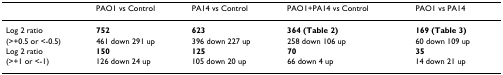
|  | PAO1 vs Control | PA14 vs Control | PAO1+PA14 vs Control | PAO1 vs PA14 |
 | --- | --- | --- | --- | --- |
 | Log 2 ratio | 752 | 623 | 364 (Table 2) | 169 (Table 3) |
 | (>+0.5 or <-0.5) | 461 down 291 up | 396 down 227 up | 258 down 106 up | 60 down 109 up |
 | Log 2 ratio | 150 | 125 | 70 | 35 |
 | (>+1 or <-1) | 126 down 24 up | 105 down 20 up | 66 down 4 up | 14 down 21 up |